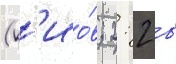
(к'ио́в; 2: 2 в